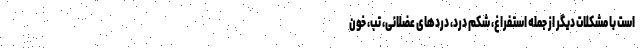
است با مشکلات دیگر از جمله استفراغ، شکم درد، دردهای عضلانی، تب، خون